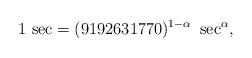
LaTeX: \begin{align*}{\rm 1\,\, sec} = (9192631770)^{1 -\alpha}\,\, \sec^{\alpha},\end{align*}